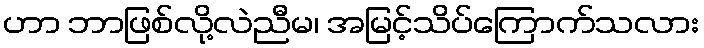
ဟာ ဘာဖြစ်လို့လဲညီမ၊ အမြင့်သိပ်ကြောက်သလား